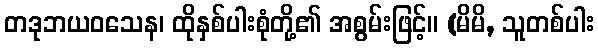
တဒုဘယဝသေန၊ ထိုနှစ်ပါးစုံတို့၏ အစွမ်းဖြင့်။ (မိမိ, သူတစ်ပါး